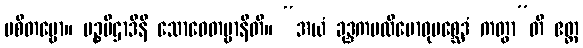
ပစိတဗ္ဗော။ မဉ္စပီဌာဒီနိ သောဓေတဗ္ဗာနီတိ။ “အယံ ခုဒ္ဒကပလိဗောဓုပစ္ဆေဒံ ကတွာ”တိ ဧတ္ထ